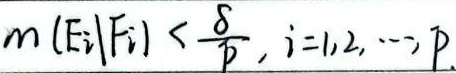
\[m(E_i|F_i)<\frac{\delta}{p},i = 1,2,\cdots,p\]